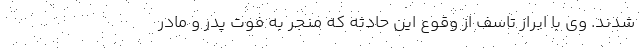
شدند. وی با ابراز تاسف از وقوع این حادثه که منجر به فوت پدر و مادر